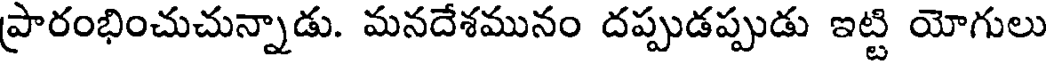
ప్రారంభించుచున్నాడు. మనదేశమునం దప్పుడప్పుడు ఇట్టి యోగులు